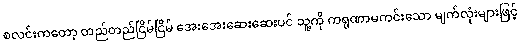
စလင်းကတော့ တည်တည်ငြိမ်ငြိမ် အေးအေးဆေးဆေးပင် သူ့ကို ကရုဏာမကင်းသော မျက်လုံးများဖြင့်